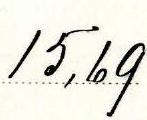
15,69